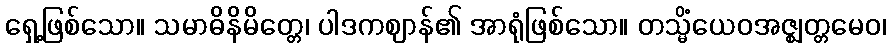
ရှေ့ဖြစ်သော။ သမာဓိနိမိတ္တေ၊ ပါဒကဈာန်၏ အာရုံဖြစ်သော။ တသ္မိံယေဝအဇ္ဈတ္တမေဝ၊